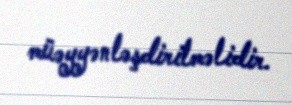
müəyyənləşdirilməlidir.